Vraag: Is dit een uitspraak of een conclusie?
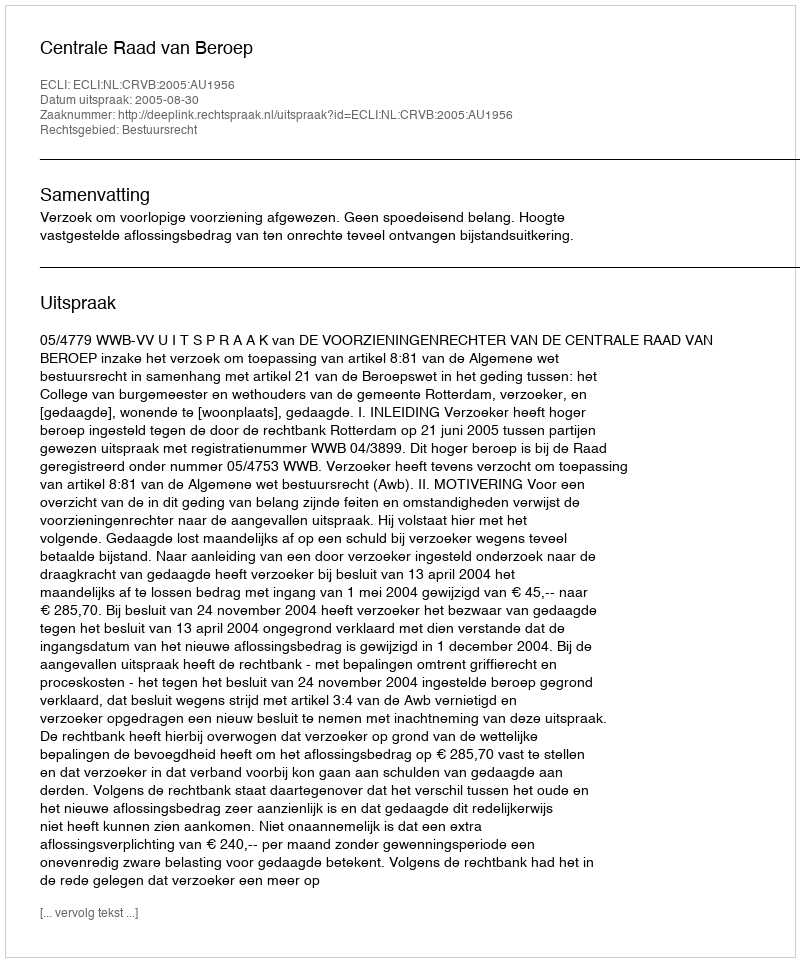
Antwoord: Uitspraak